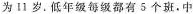
为11岁.低年级每级都有5个班.中